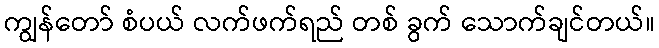
ကျွန်တော် စံပယ် လက်ဖက်ရည် တစ် ခွက် သောက်ချင်တယ်။